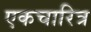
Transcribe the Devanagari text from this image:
एकचारित्र